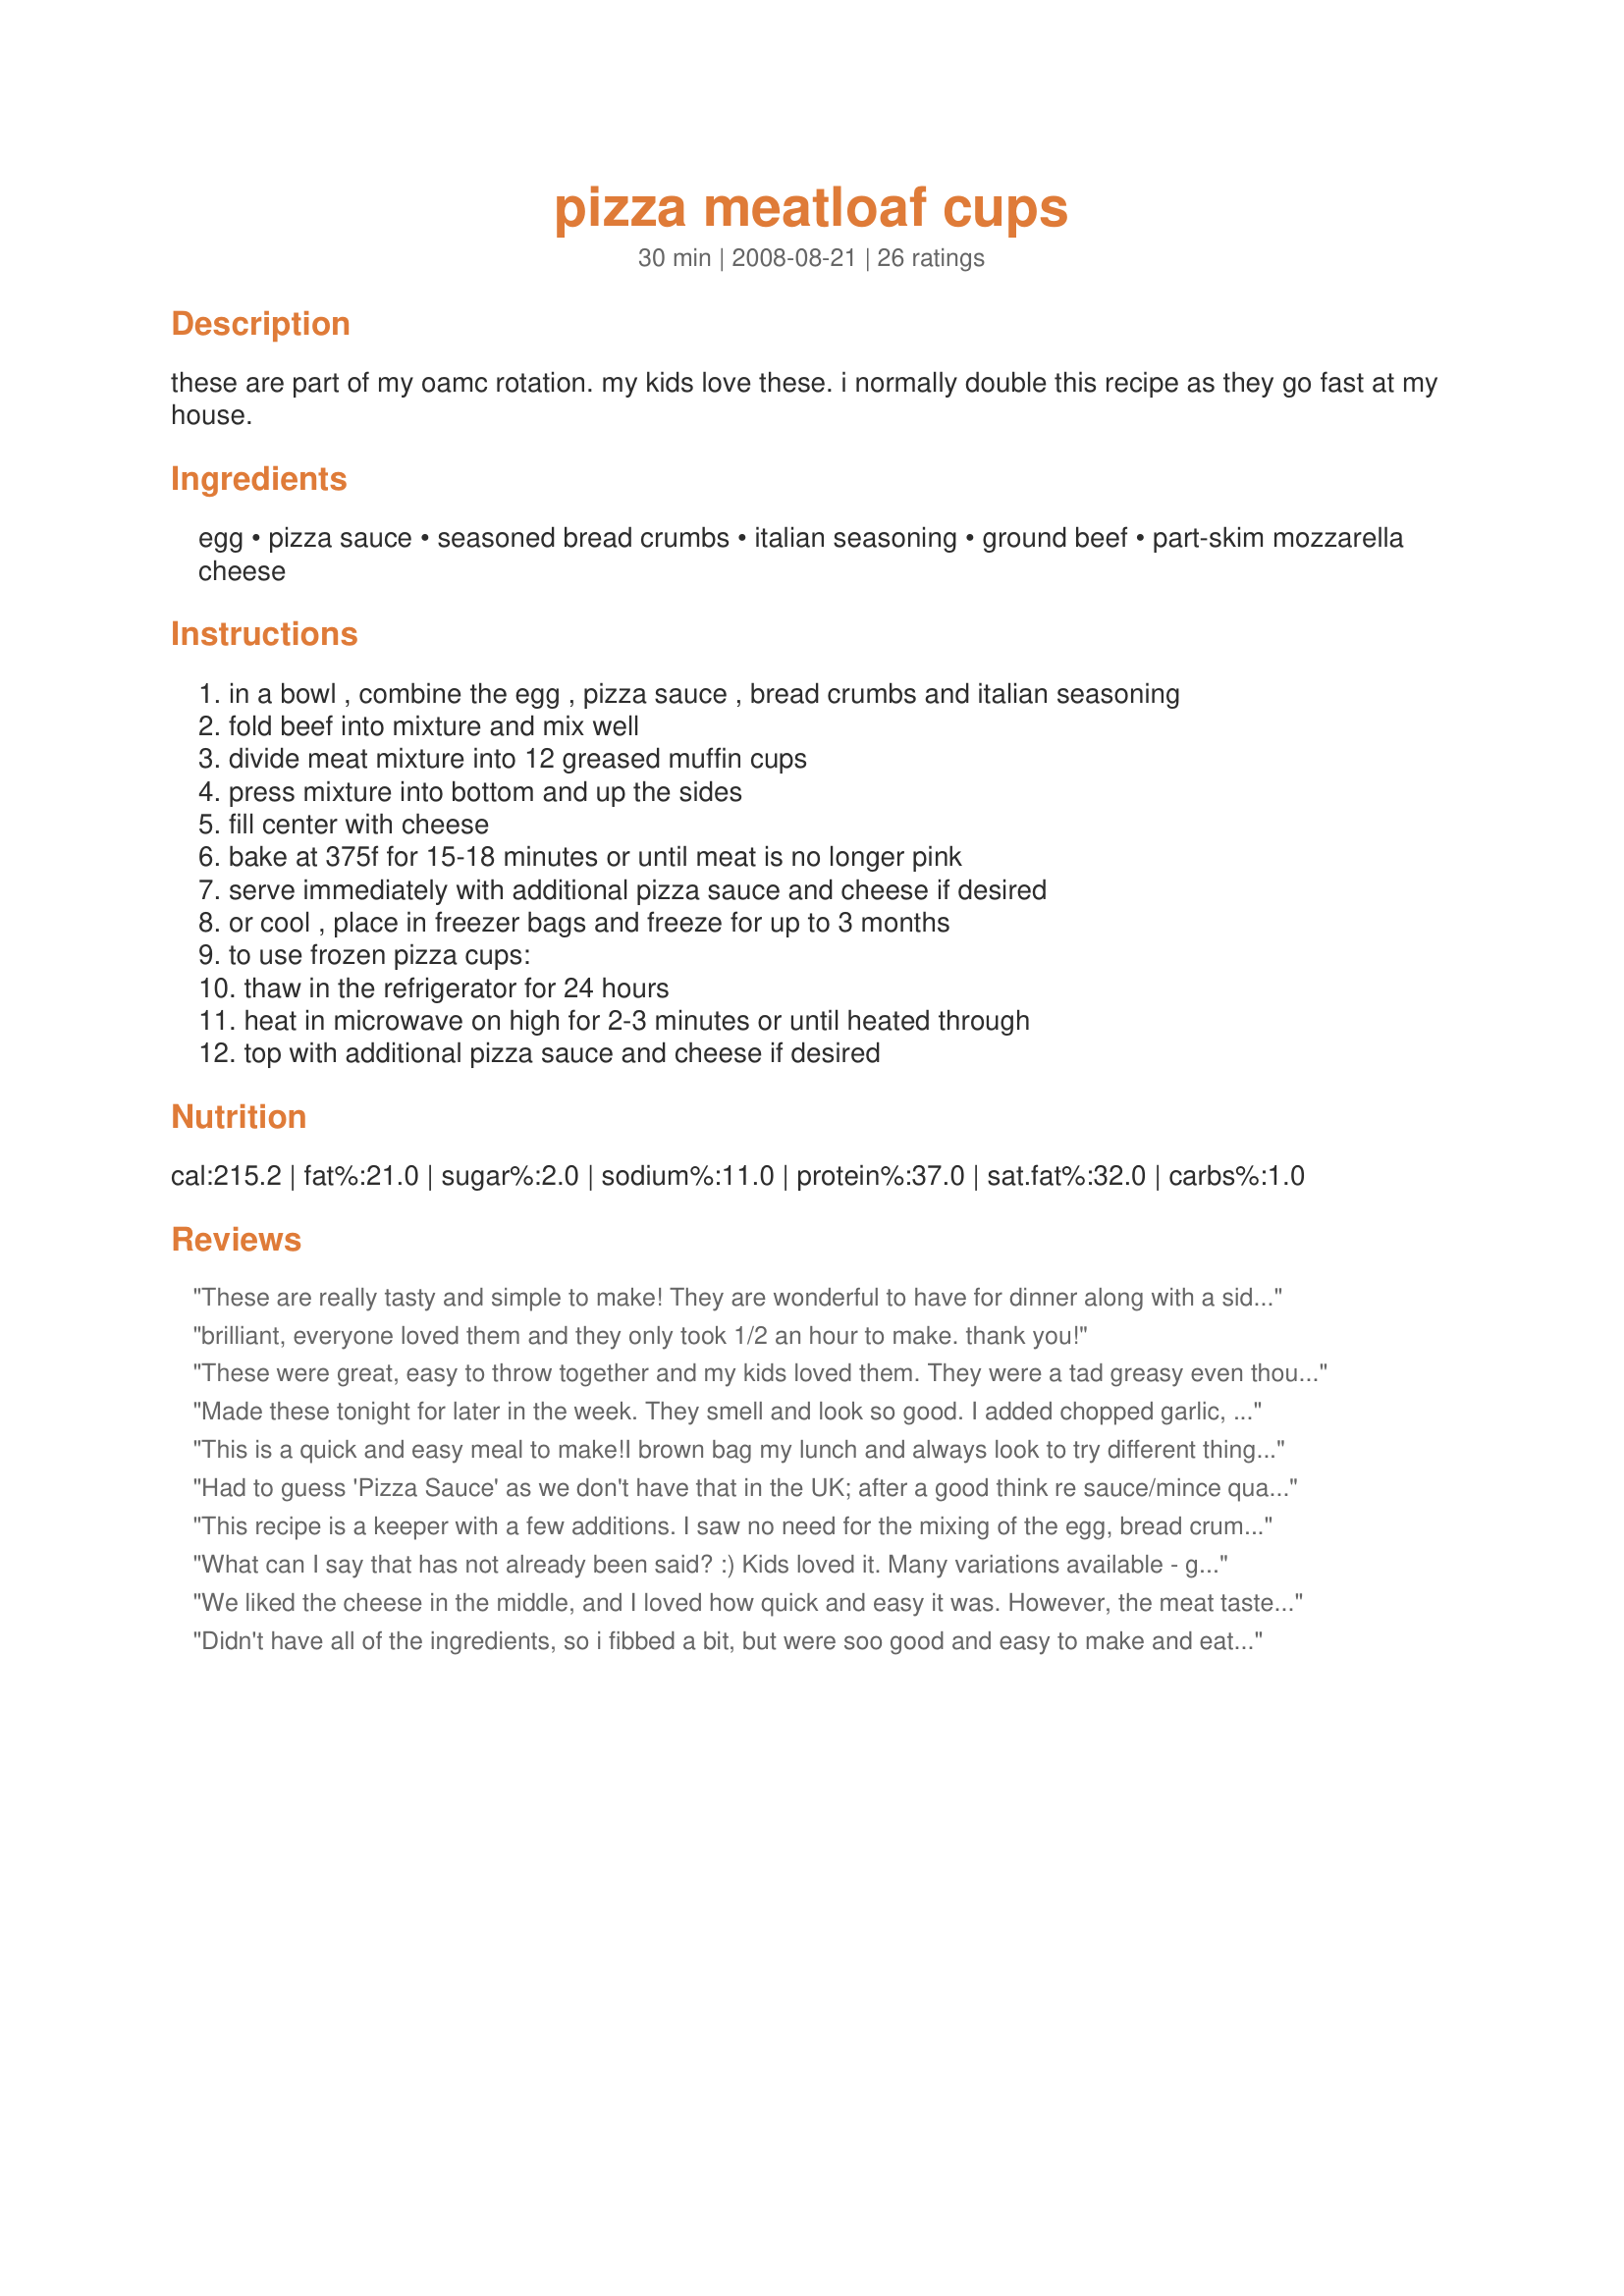
pizza meatloaf cups
Preparation time: 30 minutes

these are part of my oamc rotation. my kids love these. i normally double this recipe as they go fast at my house.

Ingredients:
egg, pizza sauce, seasoned bread crumbs, italian seasoning, ground beef, part-skim mozzarella cheese

Steps:
in a bowl , combine the egg , pizza sauce , bread crumbs and italian seasoning, fold beef into mixture and mix well, divide meat mixture into 12 greased muffin cups, press mixture into bottom and up the sides, fill center with cheese, bake at 375f for 15-18 minutes or until meat is no longer pink, serve immediately with additional pizza sauce and cheese if desired, or cool , place in freezer bags and freeze for up to 3 months, to use frozen pizza cups:, thaw in the refrigerator for 24 hours, heat in microwave on high for 2-3 minutes or until heated through, top with additional pizza sauce and cheese if desired

Reviews:
These are really tasty and simple to make! They are wonderful to have for dinner along with a side dish of pasta. I made my baked fettuccini to have with them. They would also be delicious as an appetizer for a football party or as a snack for kids. Really, they are good any time! Thanks for sharing.
brilliant, everyone loved them and they only took 1/2 an hour to make. thank you!
These were great, easy to throw together and my kids loved them. They were a tad greasy even though I used 93% lean beef but I put them on some paper towels after I popped them out of the muffin tin. Next time I might sneak in some shredded zucchini to up the healthiness.,
Made these tonight for later in the week. They smell and look so good. I added chopped garlic, diced onion (teeny tiny so daughter don't have a fit), and a diced pepper. Teeny tiny also. I also mixed the cheese into the burger and on top. It's kind of like a meatball in a muffin pan. Can't wait to try them.
This is a quick and easy meal to make!<br/>I brown bag my lunch and always look to try different things. The pizza meatloaf cups are so yummy!<br/>I did add a tad more of seasoning.<br/>I plan to make this quite often!!
Had to guess 'Pizza Sauce' as we don't have that in the UK; after a good think re sauce/mince quantities I decided on Passata (plain sieved tomatoes without seeds); (rather than tomato puree or jarred Bolognese Sauce, the latter more usually for a saucy pasta meal. I fried veggy mince in olive oil first then continued as written EXCEPT I wondered if 'Pizza Sauce' meant that garlic &amp; basil had been added, so I added them too to the cups. (Just one clove to try as garlic can be very strong when roast like this). Like the top review, I haven't served at a party, but a knife/fork dinner; having smaller portions would be wonderful for smaller children &amp; they are also for lunchboxes, for children &amp; dieters. If this is not a consideration &amp; perhaps huge masculine workers have to be catered for, another contributor to this site suggests jumbo muffin cups! Also a lovely snack with a little salad for my lunch at home (too much &amp; I don't get any work done lol).
This recipe is a keeper with a few additions. I saw no need for the mixing of the egg, bread crumbs and spices in their own bowl. just added everything to a large bowl with the meat. Added 1/4 grated Parmesan and some garlic powder.. I used a nice pasta sauce from a jar. And placed 1/4 cup in meat mixture since I was only using 1 lb. lined large muffin tin pan with 4 parchment cups. Pressed to bottom and sides. Added 1T of reserved sauce to bottom of each well, added mozzarella to fill and placed a few slices of mini pepperoni (found pre-sliced by Hormel) on top. Baked at 390 degrees for 20 min because of their large size. Turned oven to broil and finished them for 2 minutes. Served with garlic bread and green salad. Too bad I forgot to take a picture.
What can I say that has not already been said? :) Kids loved it. Many variations available - great base. Thanks.
We liked the cheese in the middle, and I loved how quick and easy it was. However, the meat tasted like it was just unseasoned beef. It needs a LOT more seasoning! I can see myself making meatloaf muffins with my regular recipe for the meat, then adding cheese to the middle like in this recipe. I doubt I'll make this exact recipe again, though.
Didn't have all of the ingredients, so i fibbed a bit, but were soo good and easy to make and eat I'm going to the store to get the correct stuff and making them again!
Very easy and tasty. The mixture was quite wet, but after being refrigerated overnight it was thicker. I divided it into 12 blobs in a muffin pan, then pushed a piece of mozza into the centre of each one. They stuck to the pan a little when being removed, but a spoon run around the edges and bottom worked pretty well. I will try this another time with some chopped pizza veggies added to the meat, like peppers and mushrooms.
My kids and I really enjoyed these. I&#039;m a dad that likes to experiment with the kids on Wednesdays dinner. We tried this recipe for the first time and really enjoyed them. For a bit of a kick we added some green bell pepper, onions and some chopped up pepperoni to add an extra bit of flavor. We served with some Romanesc broccoli and Cauliflower in a Gorgonzola cream sauce and garlic bread. I would highly recommend.
What a great appitizer type meal this makes Bonnette. I followed your recipe as stated and even set out a bowl of additional pizza sauce with mozzarella on top that I had nuked for two minutes. Served these cheesy bread sticks. Thanks Bonnette!
Made for 123Hits~
I really liked this recipe! I added peppers and onion to the meat mixture and in half of them I added a slice of pepperoni before adding the cheese (the hubby LOVES pepperoni). I ended up having to cook them closer to 25 minutes but I&#039;m pretty sure that was my temperamental oven. They turned out wonderful and had a great pizza flavor. My 4-year-old devoured them! I will be making these again :)
These were a hit with my family. My 7 and 9 year old boys love them. I didn't eat them, because I do not eat meat. I used ground turkey instead of ground beef, and oat bran instead of bread crumbs. I also added some carrot puree for an added health benefit. I would've added freshly ground flaxseed, but my grinder just broke over the weekend :( I also skipped the sauce. My 7 year old won't touch anything with sauce. Thanks so much!
Easy to make and the whole family loved it! Will definitely double the recipe next time and freeze to have on hand for quick week night dinners.
I cannot believe how super fast and easy this is! My kids loved it. I only had 3/4 lb of beef so used an egg white and less pizza sauce. Added some garlic salt and onion powder and Italian seasoning to whole wheat bread crumbs. This will be repeated often in our house! Yeah for very little mess in the kitchen, too!
These were quite good and the kids enjoyed them. I had a problem trying to drain the grease from the muffin cups though. During the last 5 minutes of cooking, a lot of grease had accumulated in the tin even though I used lean beef. I tried to tip the pan just a bit to drain the fat but then the cheese wanted to slide off. I ended up removing the meatloaves from the muffin tray and putting them on a cookie sheet with a rack instead. That worked to get the rest of the grease out. No one else mentioned this problem in their reviews so if you have a tip for me I hope you'll share it. I will try this recipe again as we did like it. I served extra sauce that was warmed up on the side. Thx!
Entire family loved them. Added some minced onion, garlic, and parsley. Would cut amount of pizza sauce, as it was too wet with a 1/2 cup. Quick, easy and tasty!
Made as directed and they are wonderful! Will be making often.
Made this tonight when I was in a hurry and looking for something to do with my defrosting package of hamburger. This recipe can really be adjusted to personal tastes. Lots of potential to add favorite flavors, seasonings and small pizza toppings!
Good but not great.
Really good! I used spaghetti sauce, extra Italian seasoning (because I had plain breadcrumbs), added some minced garlic and some onion powder, and used old cheddar cheese. Also scaled the recipe to use only 1 lb of beef (still used a whole egg and 1/4 cup breadcrumbs though). Held together perfectly, and I found them quite tasty without adding extra cheese or sauce. My 11 month old gobbled one up, too. Will make again!
These were very quick, easy to make, and were perfect for my toddler son. There was a lot of grease in the muffin tin after cooking, so I think next time I will drain them on paper towels before serving. To increase the pizza flavor, I think next time I will also add canned mushrooms and pepperoni slices. Thanks for posting!
Clever and fast to make! Perfect for kids. I'd add more spice to the meat or sauce for adults. These would be better for dinner (with a fork) - not sure about them as a party appetizer. I only needed 1/4 cup sauce; it wouldn't have stuck together well with the full half cup. I pressed the bottom of a shot glass into the muffins to make the hole for the cheese.
I really enjoyed these. I used a chunk of mozzerella cheese instead of shredded. I used homemade pizza sauce that I think was a little bland so I think it resulted in a blander overall flavor. Next time and there will be a next time I am going to use a more flavorful pizza sauce. Thanks for a great OAMC recipe that I would love to tweak, maybe try BBQ sauce and cheddar cheese.
